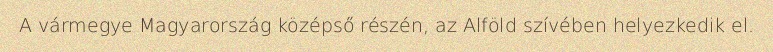
A vármegye Magyarország középső részén, az Alföld szívében helyezkedik el.